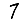
Digit: 7